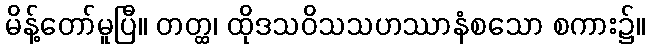
မိန့်တော်မူပြီ။ တတ္ထ၊ ထိုဒသဝိသသဟဿာနံစသော စကား၌။